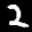
Label: 2